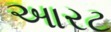
આરટ